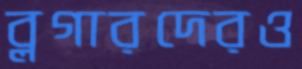
ব্লগারদেরও